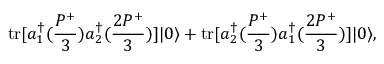
\mathrm { t r } [ a _ { 1 } ^ { \dagger } ( \frac { P ^ { + } } { 3 } ) a _ { 2 } ^ { \dagger } ( \frac { 2 P ^ { + } } { 3 } ) ] | 0 \rangle + \mathrm { t r } [ a _ { 2 } ^ { \dagger } ( \frac { P ^ { + } } { 3 } ) a _ { 1 } ^ { \dagger } ( \frac { 2 P ^ { + } } { 3 } ) ] | 0 \rangle ,